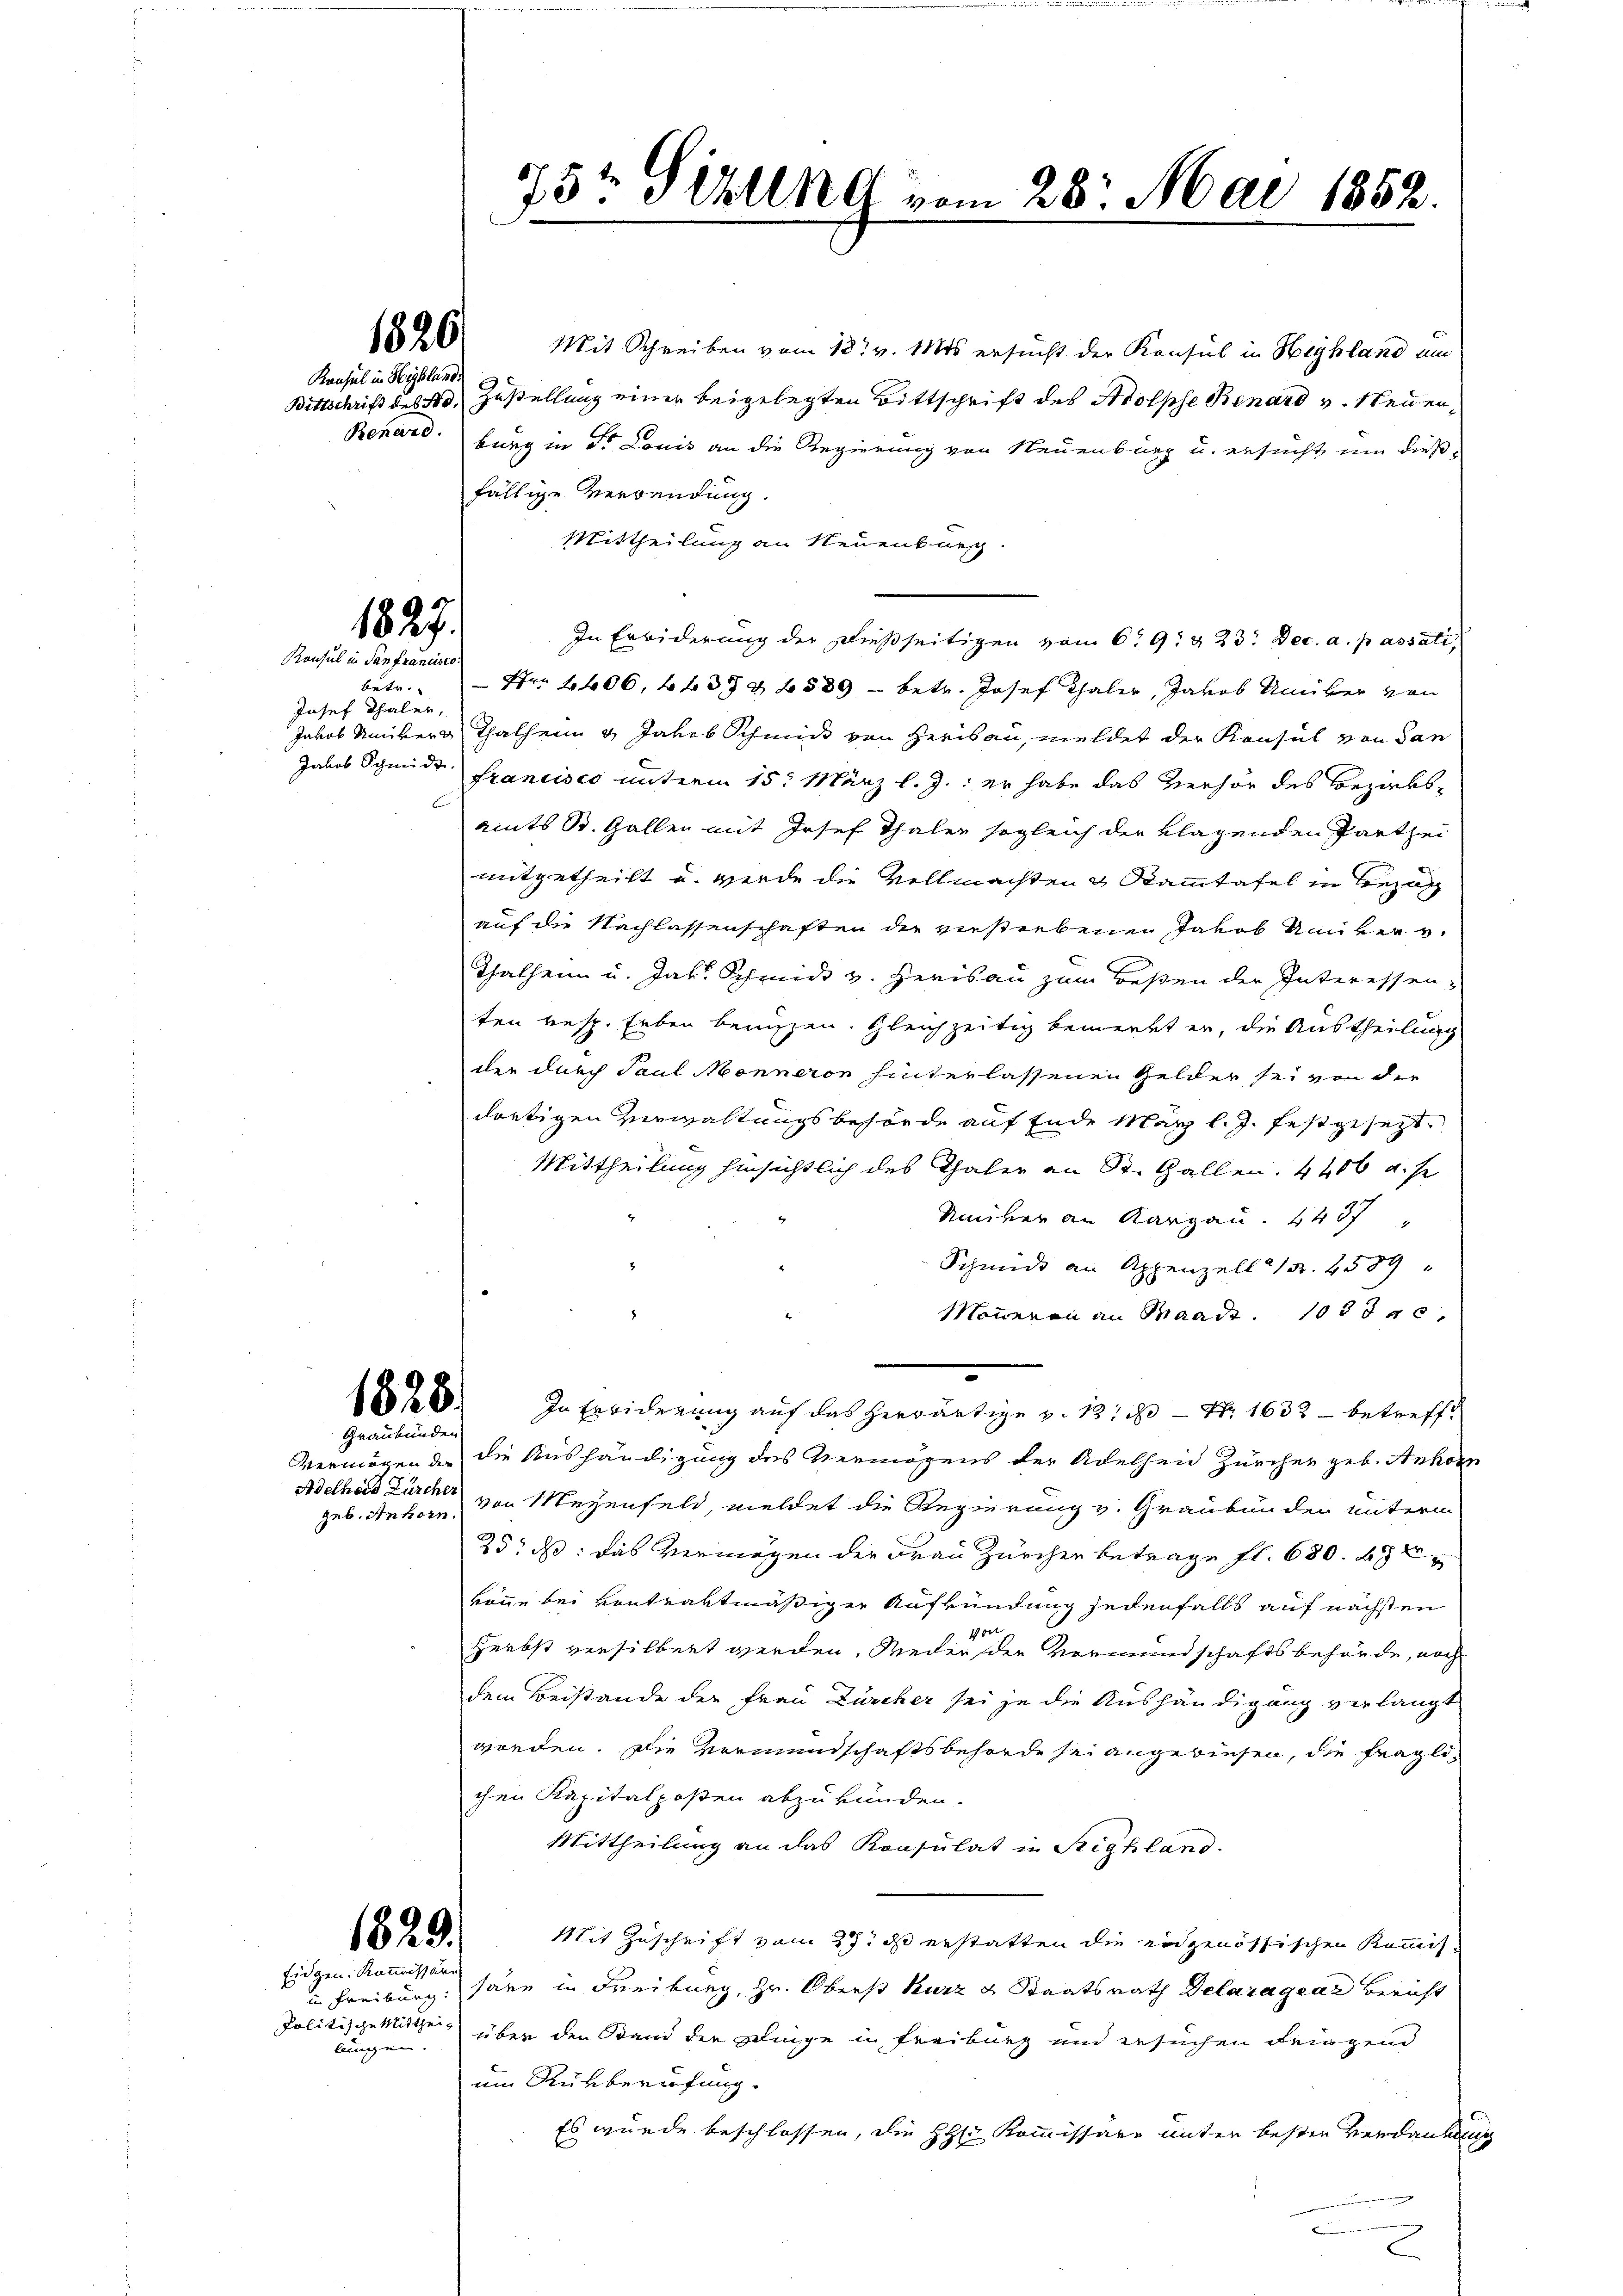
1826.

Konsul in Highland

1827.
Konsul u. San francisco

betr.
Josef Thaler,

1828.
Graubünden

Adelhard Zürcher
geb. Anhorn

1829.

Eidgen. Kommissäre
lungen.

Mit Schreiben vom 18t v. Mts ersucht der Konsul in Highland um
Bittschrift des No. Zustellung einer beigelegten Bittschrift des Holphe Benard v. Neuen¬
Benard burg in Dr. Louis an die Regierung von Neuenburg u. ersucht um dießfällige Verwendung.
Mittheilung an Neuenburg.
In Erbiderung der dießseitigen von 69 & 23. Dec. a. passati,
Fr. 1406, 437 & 8589 - betr. Josef Thaler, Jakob Univer von
Jakob Univer Thalheim & Jakob Schmid von Herisau, meldet der Konsul von dan
Jakob Schmide Francisco unterm 15. März l. J. er habe das Verhör des Bezirksants St. Gallen mit Josef Thalen sogleich der klagenden Partheimitgetheilt u. werde die Vollmachten & Stammtafel in Bezug
auf die Nachlassenschaften die verstrebenen Jakob Univer v.
Thalheim u. Jak. Schmid v. Herisau zum Beßen der Interessen-
ten resp. Leben benuzen. Gleichzeitig bemerkt er, die Austheilung
der durch Paul Monneren hinterlassenen Gelder sei von der
dortigen Verwaltungsbehörde auf Ende März l. J. festgesezt.
Mittheilung hinsichtlich des Thaler an St. Gallen. 4406 u. s.
Raker an Kargau. 4487
Schmidt an Appenzell   13. 2589
Monneren an Waadt. 1053 c
In Erwiderung auf das herwärtige v. 131 - Nr 1633 betreff¬
Vermögen der die Aushändigung des Vermögens der Adelhen Zürcher geb. Ankon
von Meyenfeld, meldet die Regierung v. Graubünden unterm
25: d: das Vermögen der Frau Zürcher betrage fl. 680. 482
baue bei vontraktmäßiger Aufkündung jedenfalls auf nächsten
10
Herbst versilbert werden. Weder den Vormundschaftsbehörde, noch
dem Beistande der Frau Zürcher sei je die Aushändigung verlangt
worden. Die Vormundschaftsbehörde sei angewiesen, die fraglichen Kapitalposten abzukunden.
Mittheilung an das Konsulat in Sighland.
Mit Zuschrift vom 27. d erstatten die eidgenössischen Kommis-
in Freiburg hann in Freiburg, Hr. Oberst kurz & Staatsrath Delara gear Bericht
Politische Mittheil über den Stand der Dinge in Freiburg und ersuchen Feingend
um Rükberufung.
Es wurde beschlossen, die HH: Kommissäre unter besten Verdankung

25t Sellne vom 28. Mai 1852.
7.

1